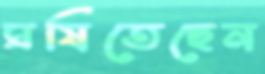
ঘষিতেছেন